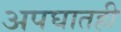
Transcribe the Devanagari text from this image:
अपघातही